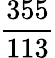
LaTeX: \frac{355}{113}